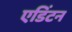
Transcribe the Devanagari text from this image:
एडिंटन